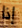
إذا